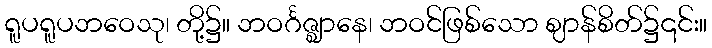
ရူပရူပဘဝေသု၊ တို့၌။ ဘဝင်္ဂဇ္ဈာနေ၊ ဘဝင်ဖြစ်သော ဈာန်စိတ်၌၎င်း။